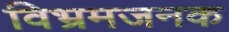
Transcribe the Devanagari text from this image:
विभ्रमजनक